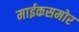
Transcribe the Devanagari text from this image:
माईकसमोर